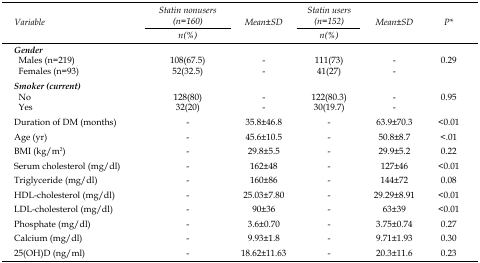
<table><thead><tr><td rowspan="3"><b>Variable</b></td><td><b>Statin nonusers (n=160)</b></td><td rowspan="3"><b>Mean±SD</b></td><td><b>Statin users (n=152)</b></td><td rowspan="3"><b>Mean±SD</b></td><td rowspan="3"><b>P*</b></td></tr><tr><td><b>n(%)</b></td><td><b>n(%)</b></td></tr></thead><tbody><tr><td><i>Gender</i></td><td></td><td></td><td></td><td></td><td></td></tr><tr><td> Males (n=219)</td><td>108(67.5)</td><td>-</td><td>111(73)</td><td>-</td><td>0.29</td></tr><tr><td> Females (n=93)</td><td>52(32.5)</td><td>-</td><td>41(27)</td><td>-</td><td></td></tr><tr><td><i>Smoker (current)</i></td><td></td><td></td><td></td><td></td><td></td></tr><tr><td> No</td><td>128(80)</td><td>-</td><td>122(80.3)</td><td>-</td><td>0.95</td></tr><tr><td> Yes</td><td>32(20)</td><td>-</td><td>30(19.7)</td><td>-</td><td></td></tr><tr><td>Duration of DM (months)</td><td>-</td><td>35.8±46.8</td><td>-</td><td>63.9±70.3</td><td>&lt;0.01</td></tr><tr><td>Age (yr)</td><td>-</td><td>45.6±10.5</td><td>-</td><td>50.8±8.7</td><td>&lt;.01</td></tr><tr><td>BMI (kg/m<sup>2</sup>)</td><td>-</td><td>29.8±5.5</td><td>-</td><td>29.9±5.2</td><td>0.22</td></tr><tr><td>Serum cholesterol (mg/dl)</td><td>-</td><td>162±48</td><td>-</td><td>127±46</td><td>&lt;0.01</td></tr><tr><td>Triglyceride (mg/dl)</td><td>-</td><td>160±86</td><td>-</td><td>144±72</td><td>0.08</td></tr><tr><td>HDL-cholesterol (mg/dl)</td><td>-</td><td>25.03±7.80</td><td>-</td><td>29.29±8.91</td><td>&lt;0.01</td></tr><tr><td>LDL-cholesterol (mg/dl)</td><td>-</td><td>90±36</td><td>-</td><td>63±39</td><td>&lt;0.01</td></tr><tr><td>Phosphate (mg/dl)</td><td>-</td><td>3.6±0.70</td><td>-</td><td>3.75±0.74</td><td>0.27</td></tr><tr><td>Calcium (mg/dl)</td><td>-</td><td>9.93±1.8</td><td>-</td><td>9.71±1.93</td><td>0.30</td></tr><tr><td>25(OH)D (ng/ml)</td><td>-</td><td>18.62±11.63</td><td>-</td><td>20.3±11.6</td><td>0.23</td></tr></tbody></table>